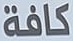
كافة